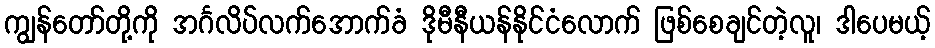
ကျွန်တော်တို့ကို အင်္ဂလိပ်လက်အောက်ခံ ဒိုမီနီယန်နိုင်ငံလောက် ဖြစ်စေချင်တဲ့လူ၊ ဒါပေမယ့်